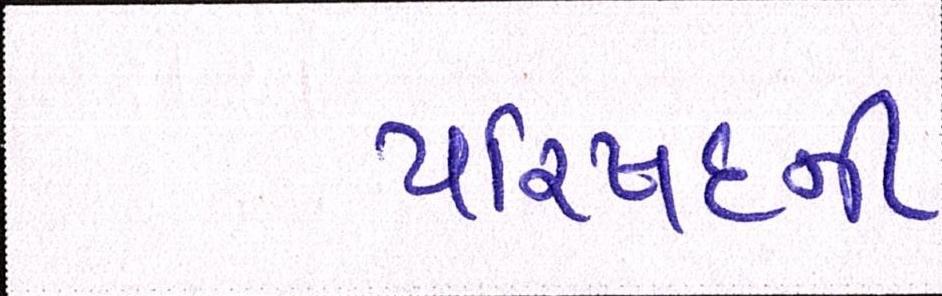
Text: પરિષદની